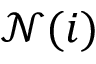
\mathcal N ( i )